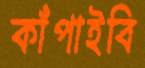
কাঁপাইবি